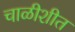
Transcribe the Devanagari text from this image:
चाळीशीत